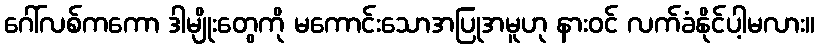
ဂေါ်လစ်ကကော ဒါမျိုးတွေကို မကောင်းသောအပြုအမူဟု နားဝင် လက်ခံနိုင်ပါ့မလား။